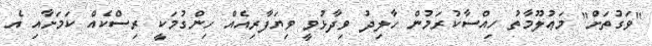
"ވަގުތަށް" މަޢުލޫމާތު ހިއްސާކުރަމުން ހާލިދު ވިދާޅުވީ ވިޔަފާރިއެއް ހިންގުމަކީ ރިސްކެއް ކަމަށާއި އެ